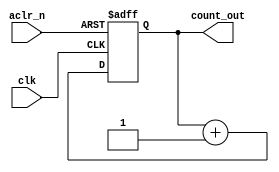
module counter (clk, aclr_n, count_out);

input clk, aclr_n;
output reg [3:0]count_out;

always @ (posedge clk, negedge aclr_n)
begin
	if(!aclr_n)
		count_out <= 4'b0000;
	else
		count_out <= count_out + 4'b0001;
	
end

endmodule